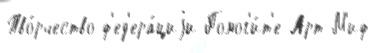
Тво́рчество ф'ед'ера́циjи Помог'и́т'е Арт-М'иф